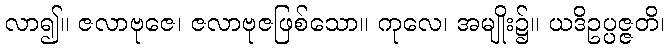
လာ၍။ ဇလာဗုဇေ၊ ဇလာဗုဇဖြစ်သော။ ကုလေ၊ အမျိုး၌။ ယဒိဥပ္ပဇ္ဇတိ၊